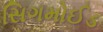
સિગમોઈડ